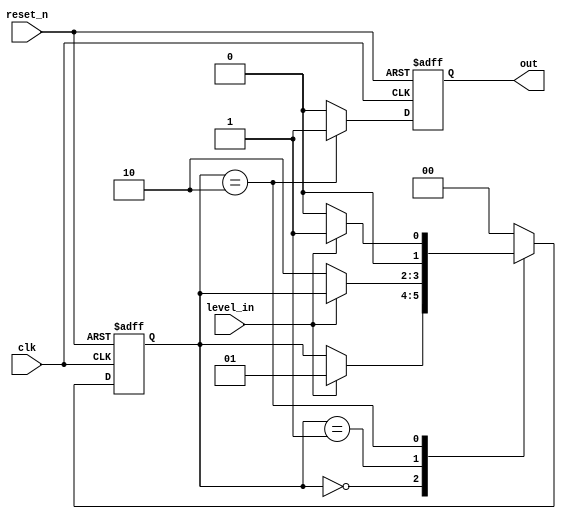
`timescale 1ns / 1ps

module level_to_pulse(
    input clk,
    input reset_n,
    input level_in,
    output out
    );
    reg outreg;
    reg [1:0] state;
    always @(posedge clk, negedge reset_n) begin
        if (!reset_n) begin
            outreg <= 0;
            state <= 2'b0;
        end
        else begin
            case (state)
            2'b00: begin
                outreg = 0;
                if (level_in)
                    state = 2'b01;
            end
            2'b01: begin
                outreg = 0;
                if (!level_in)
                    state = 2'b10;
            end
            2'b10: begin
                outreg = 1;
                if (level_in)
                    state = 2'b01;
                else
                    state = 2'b00;
            end
            default: begin
                outreg <= 0;
                state <= 2'b0;
            end
            endcase
        end
    end
    assign out = outreg;
endmodule